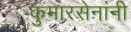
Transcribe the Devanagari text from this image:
कुमारसेनांनी